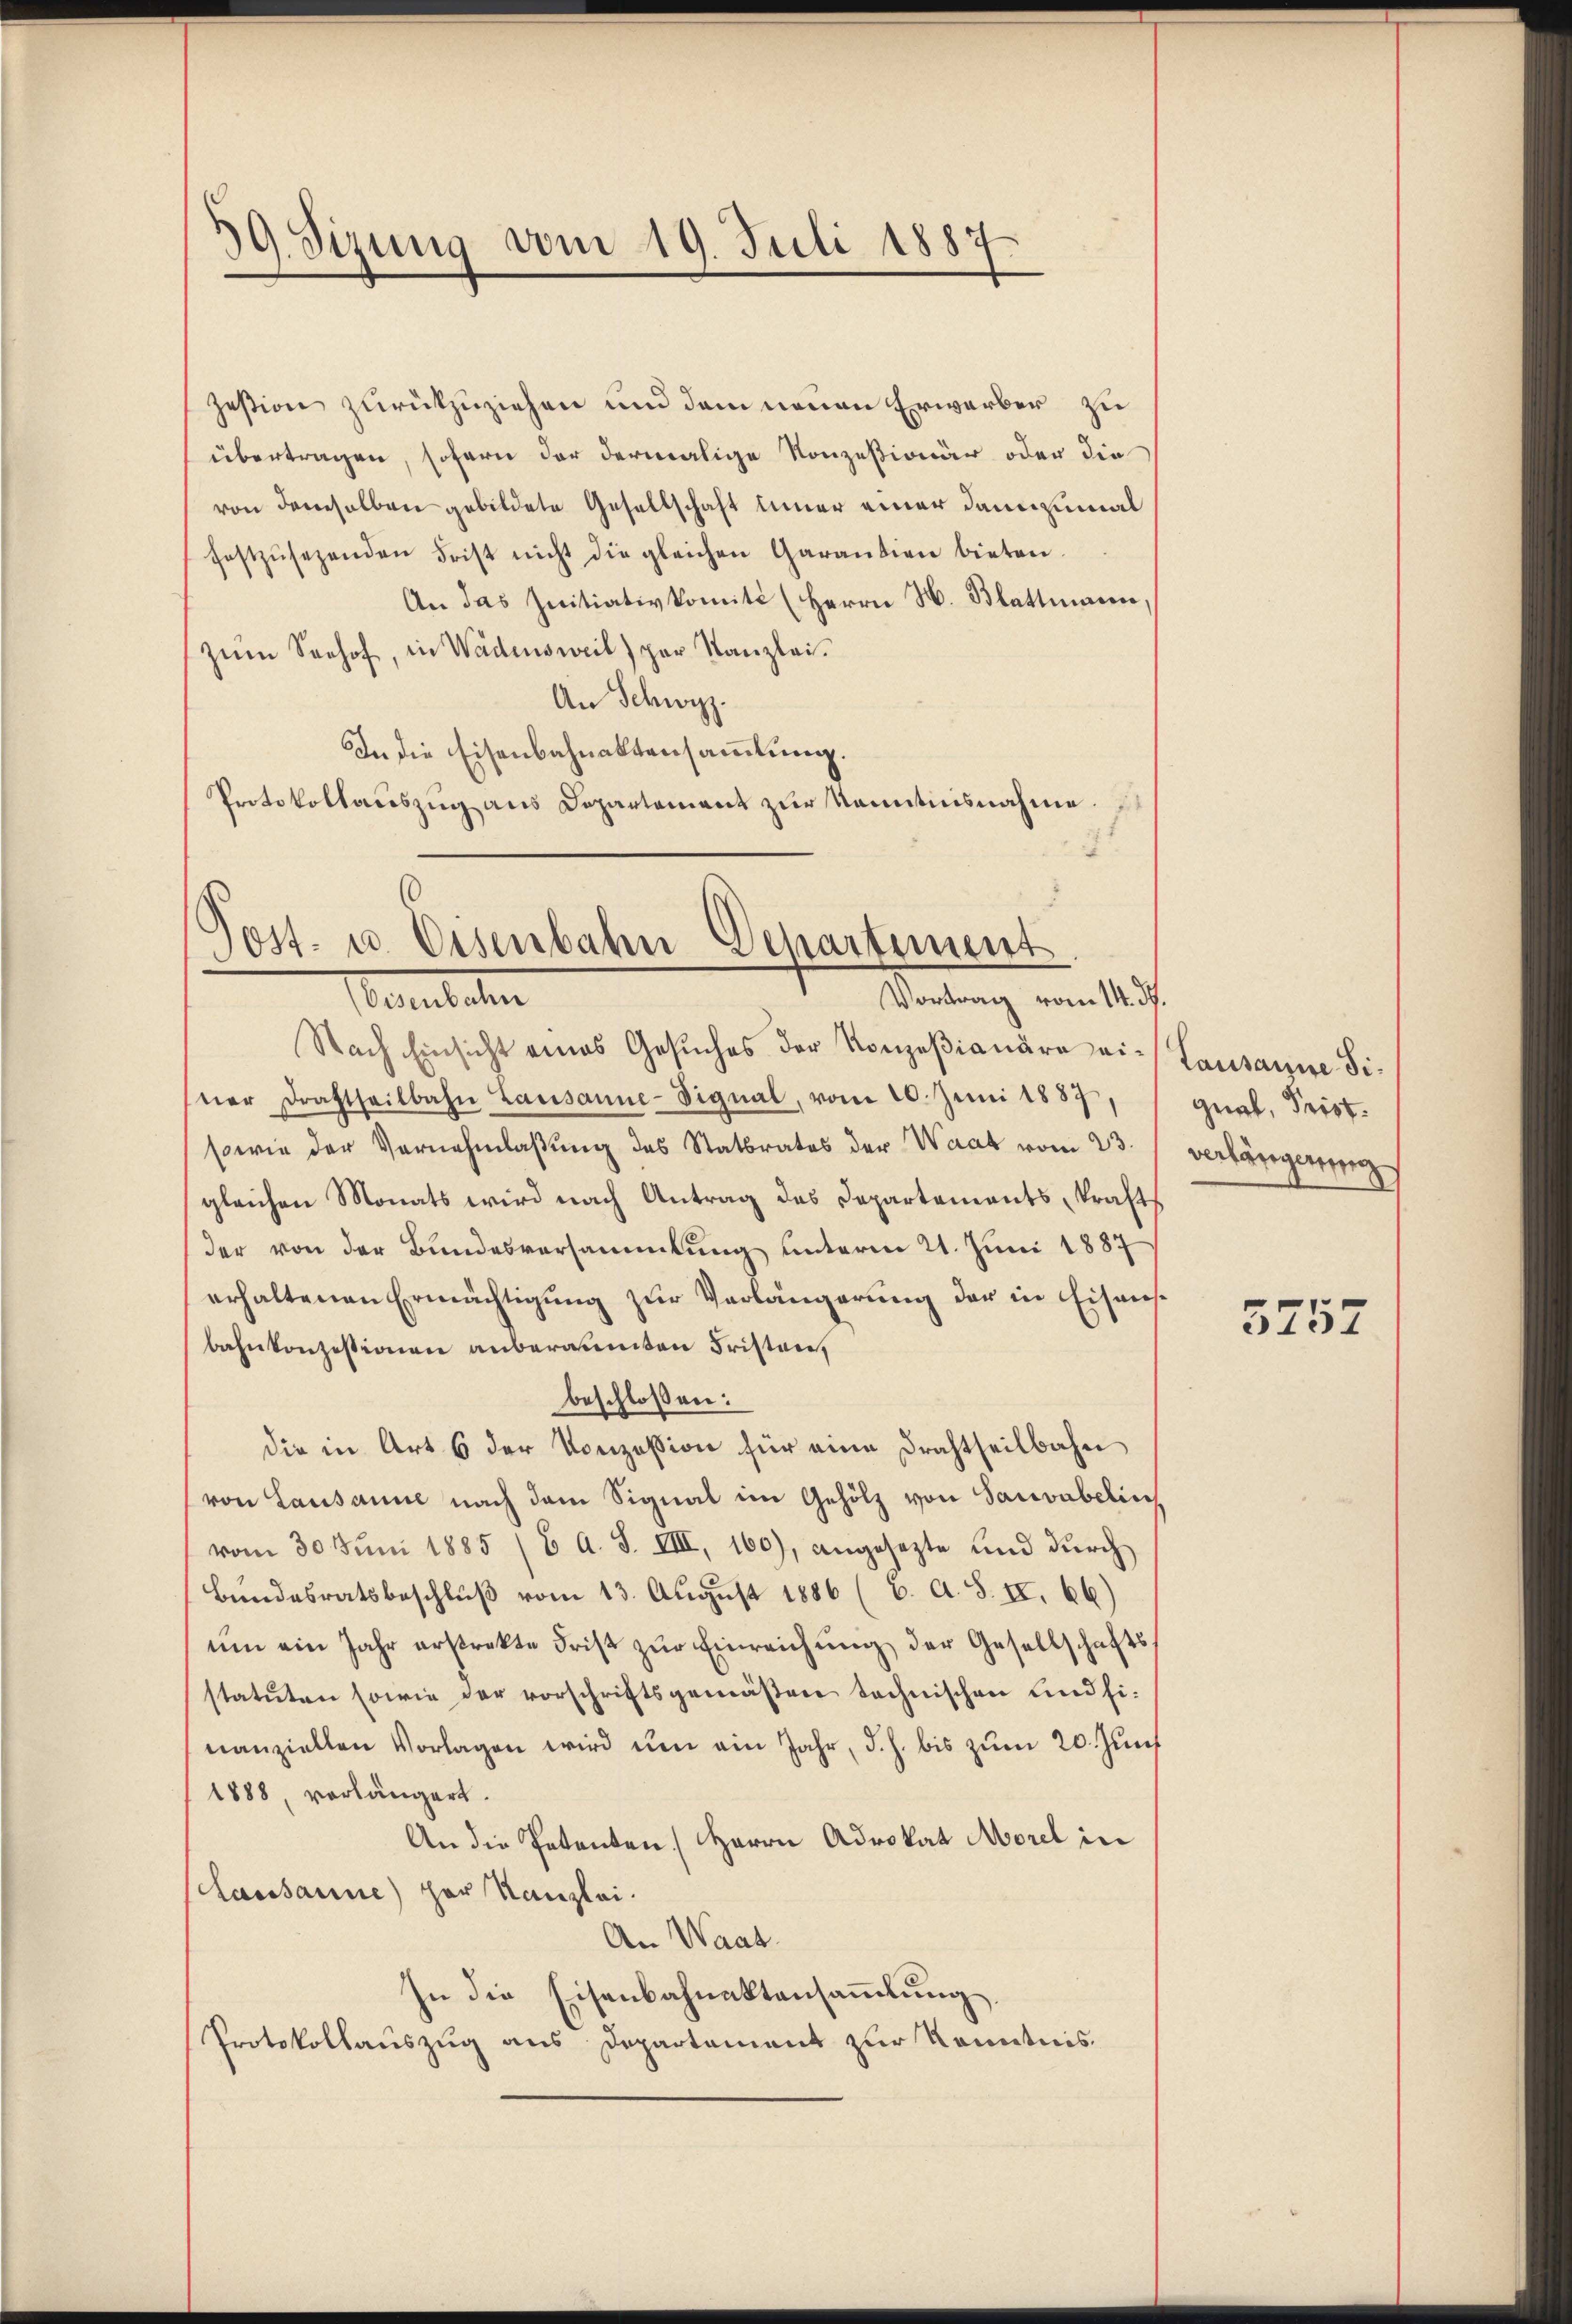
39. Sizung vom 19. Juli 1887

zestion zurückzuziehen und dem neuen Erwarber zu
übertragen, sofern der dermalige Konzessionär oder die
von demselben gebildete Gesellschaft inner einer dannzumal
festzŭsezenden Frist nicht die gleichen Garantion bieten.
An das Initiativkomité (Herrn H. Blattmann,
Zum Seehof, in Wädensweil) per Kanzlei.
An Schwyz.
In die Eisenbahnaktensammlung.
Protokollauszug aus Departement zur Kenntnisnahme.

Post- u. Eisenbahn Departement
Vortrag vom 14. ds.
Tentaten

Nach Einsicht eines Gesŭches der Konzesionäre ei- Lausanne Siner Drahtheilbahn Lausanne-Signal, vom 20. Juni 1887
sowie der Vernehmlassung des Statbrates der Waat vom 23.
gleichen Monats wird nach Antrag des Departements, krafts
der von der Bundesversammlung unterm 21. Juni 1887
erhaltenen Ermächtigung zur Verlängerung der in Eisausbahnkonzessionen anberaumten Fristen,
beschlossen:
die in Art. 6 der Konzession für eine Frachtheilbahn
(von Lausanne nach dem Signal im Gehölz von Sauvabelin
vom 30. Juni 1885 (E A. S. VIII, 160), angesezte und durch
Bundesratsbeschluß vom 13. August 1886 (C. A. S. II. 66)
ŭm ein Jahr erstrekte Frist zŭr Einreichŭng der Gesellschafts-
statuten sowie der vorschriftsgemäßen technischen und fi-
nanziellen Vorlagen wird ŭm ein Jahr, d. h. bis zŭm 20. Jŭn
1888, vorlängert.
An die Petenten Herrn Advokat Morel in
Lausanne) her Kanzlei.
An Waat.
In die Eisenbahnaktensammlung,
Protokollauszug aus Departement zur Kenntnis.

quat, Prist.
verlängerung

3752